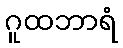
ဂူထဘာရံ